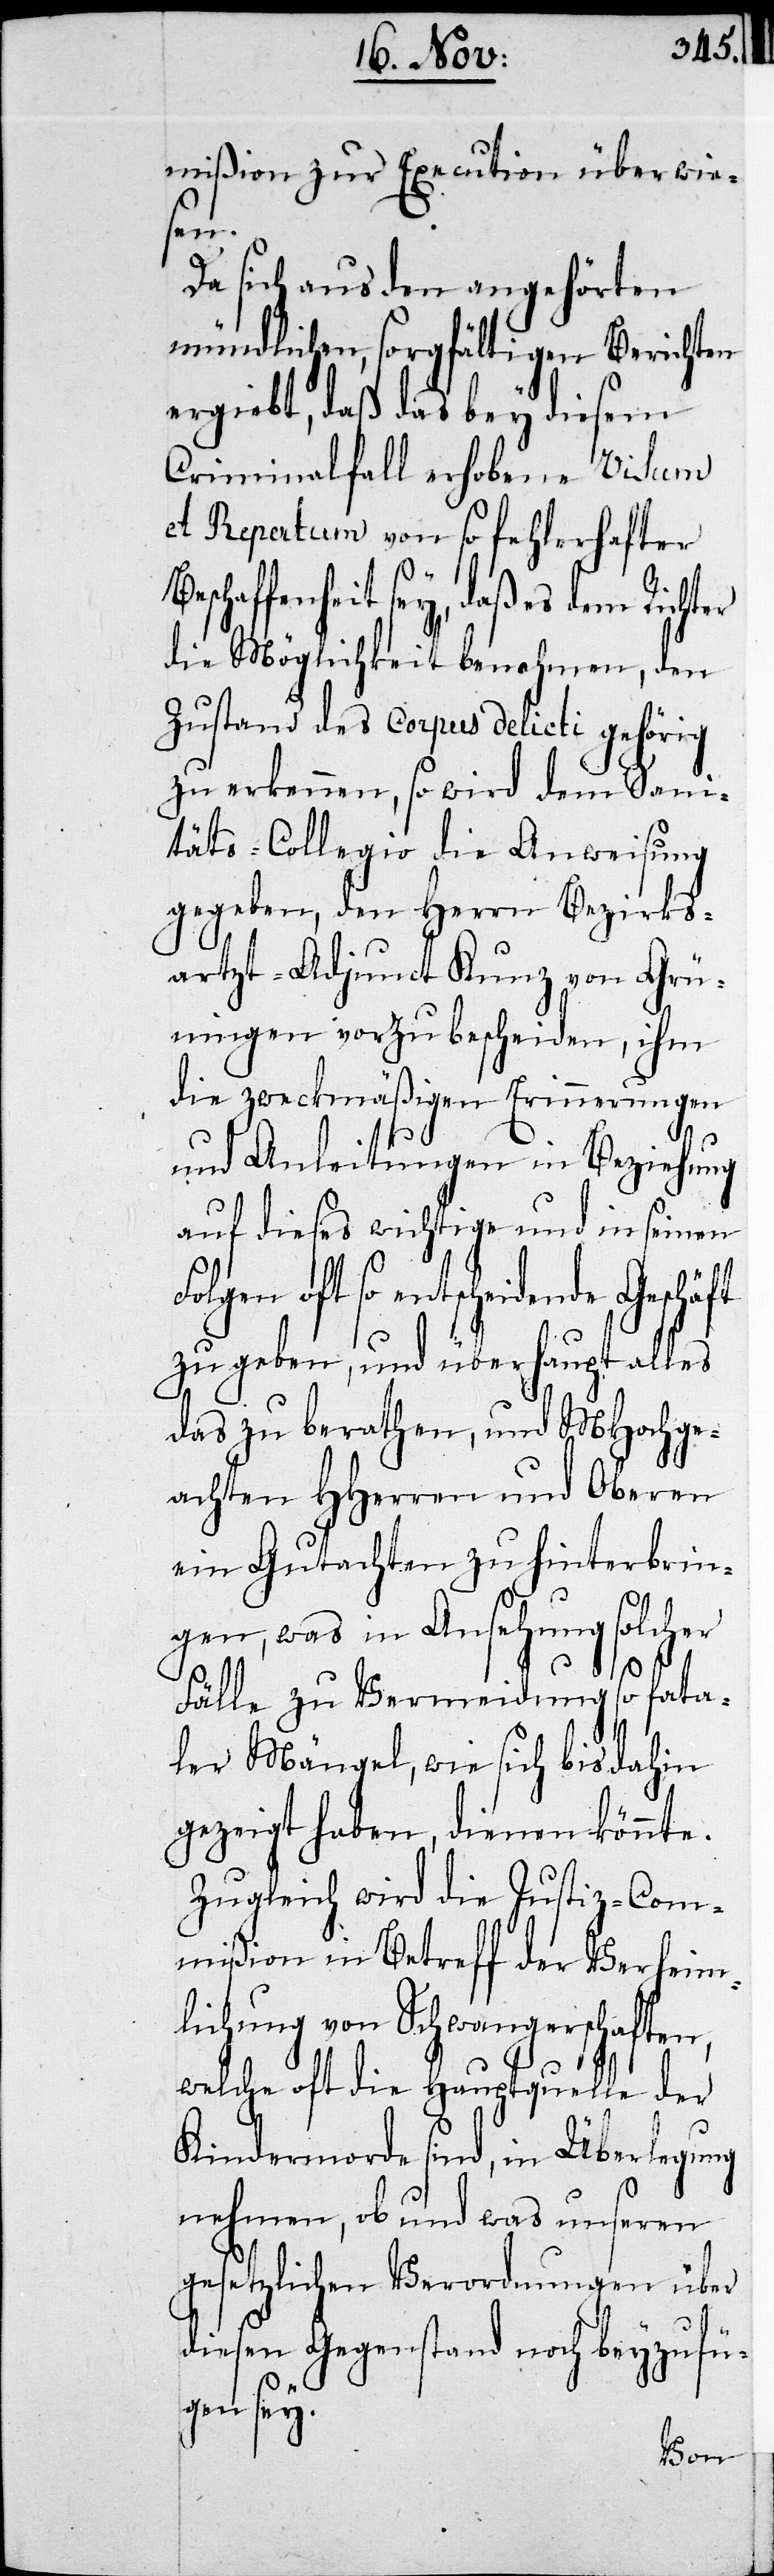
mißion zur Execution überwie¬
sen.
Da sich aus den angehörten
mündlichen, sorgfältigen Berichten
ergiebt, daß das bey diesem
Criminalfall erhobene Visum
et Repertum von so fehlerhafter
schaffenheit sey, daß es dem Richter
die Möglichkeit benohmen, den
Zustand des Corpus delicti gehörig
zu erkennen, so wird dem Sani¬
täts-Collegio die Anweisung
gegeben, den Herrn Bezirks¬
artzt-Adjunct Kunz von Grü¬
ningen vorzubescheiden, ihm
die zweckmäßigen Erinnerungen
und Anleitungen in Beziehung
auf dieses wichtige und in seinen
oft so entscheidende Geschäft
zu geben, und überhaupt alles
das zu berathen, und MHochge¬
achten HHerren und Oberen
ein Gutachten zu hinterbrin¬
gen, was in Ansehung solcher
Fälle zu Vermeidung so fata¬
ler Mängel, wie sich bis dahin
gezeigt haben, dienen könnte.
Zugleich wird die Justiz-Com¬
mißion in Betreff der Verheim¬
hung von Schwangerschaften,
welche oft die Hauptquelle der
Kindermorde sind, in Überlegung
nehmen, ob und was unseren
gesetzlichen Verordnungen über
diesen Gegenstand noch beyzufü¬
gen sey.
lic¬